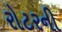
રોટરની